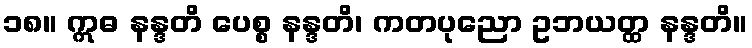
၁၈။ ဣဓ နန္ဒတိ ပေစ္စ နန္ဒတိ၊ ကတပုညော ဥဘယတ္ထ နန္ဒတိ။